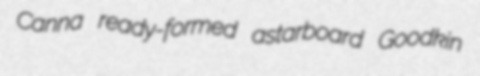
Canna ready-formed astarboard Goodkin